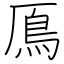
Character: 鳫